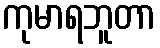
ကုမာရဘူတာ